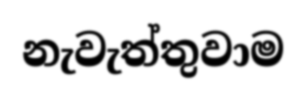
නැවැත්තුවාම